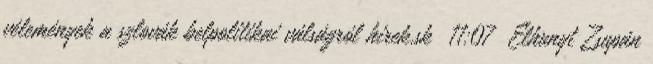
vélemények a szlovák belpolitikai válságról hirek.sk 11:07 Elhunyt Zsupán